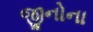
જીનોના